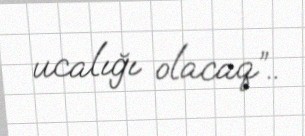
ucalığı olacaq”..